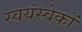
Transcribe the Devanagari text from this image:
स्वयंस्वेकों